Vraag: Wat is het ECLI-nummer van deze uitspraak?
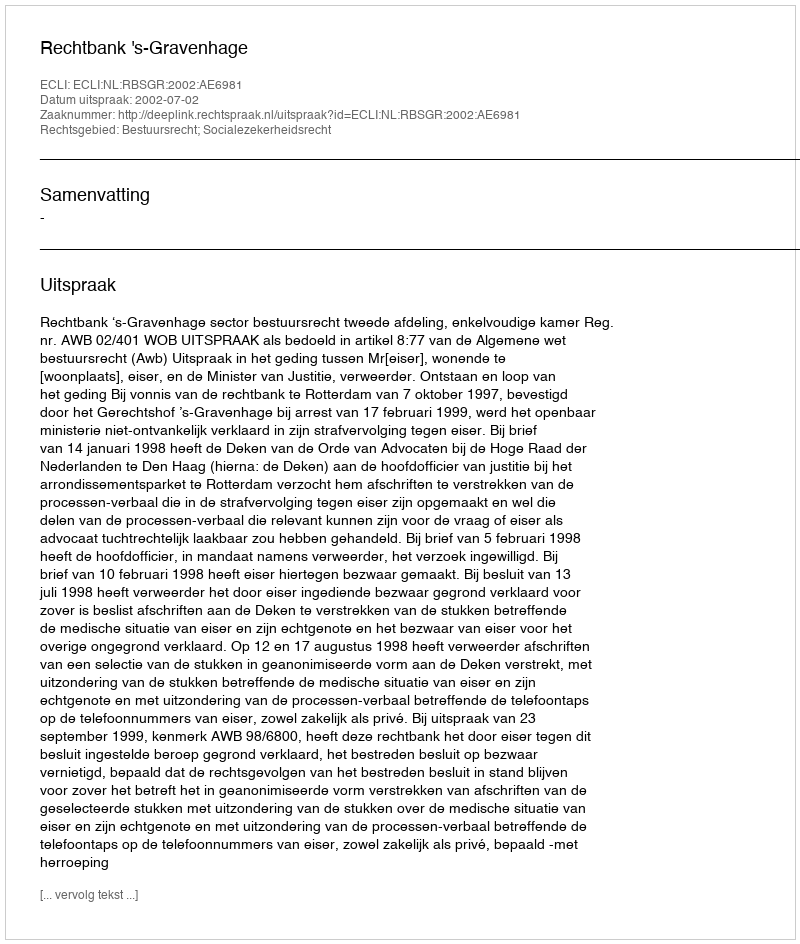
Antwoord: ECLI:NL:RBSGR:2002:AE6981